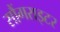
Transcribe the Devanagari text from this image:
सौंगराइटर